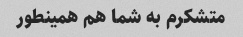
متشکرم به شما هم همینطور